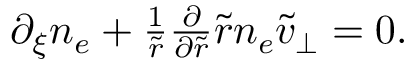
\begin{array} { r } { \partial _ { \xi } n _ { e } + \frac { 1 } { \tilde { r } } \frac { \partial } { \partial \tilde { r } } \tilde { r } n _ { e } \tilde { v } _ { \perp } = 0 . } \end{array}